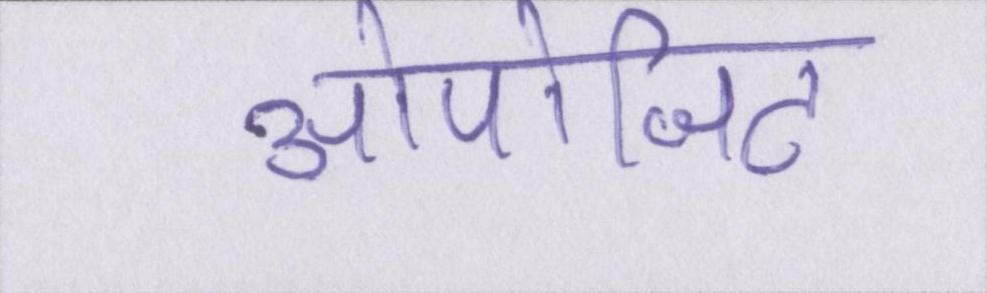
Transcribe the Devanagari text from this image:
ओपोजिट